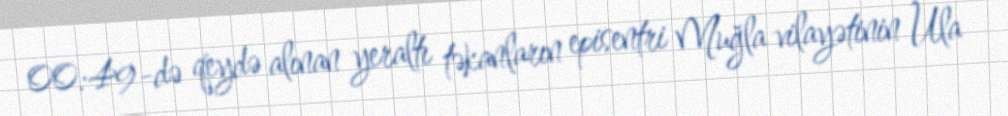
00:49-də qeydə alınan yeraltı təkanların episentri Muğla vilayətinin Ula